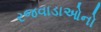
રજવાડાઓનો